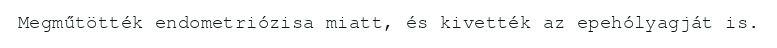
Megműtötték endometriózisa miatt, és kivették az epehólyagját is.